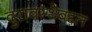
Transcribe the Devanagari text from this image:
दुरावस्थेबद्दल